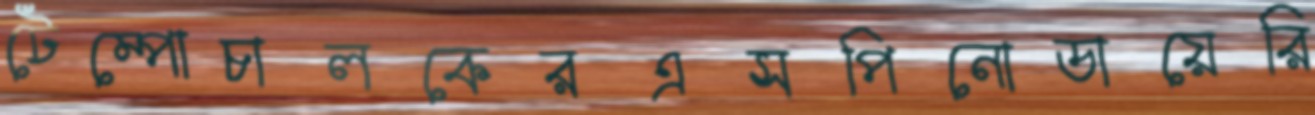
টেম্পোচালকেরএসপিনোডায়েরি